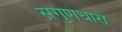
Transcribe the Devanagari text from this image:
सगुणधारा